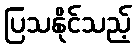
ပြသနိုင်သည့်